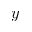
y